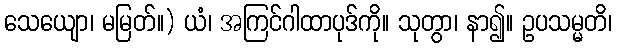
သေယျော၊ မမြတ်။) ယံ၊ အကြင်ဂါထာပုဒ်ကို။ သုတွာ၊ နာ၍။ ဥပသမ္မတိ၊